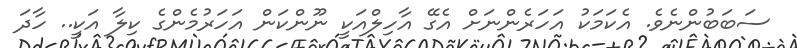
ސަބަބުންނެވެ. އެކަމަކު އަހަރެންނަށް އެގޭ އާހިލްއަކީ ނޫންކަން އަހަރުމެންގެ ކިލާ އަކީ.. ހާދަ